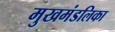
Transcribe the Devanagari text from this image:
मुखमंडलिका